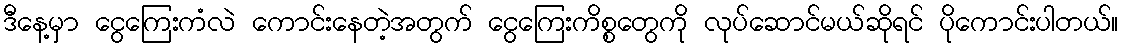
ဒီနေ့မှာ ငွေကြေးကံလဲ ကောင်းနေတဲ့အတွက် ငွေကြေးကိစ္စတွေကို လုပ်ဆောင်မယ်ဆိုရင် ပိုကောင်းပါတယ်။